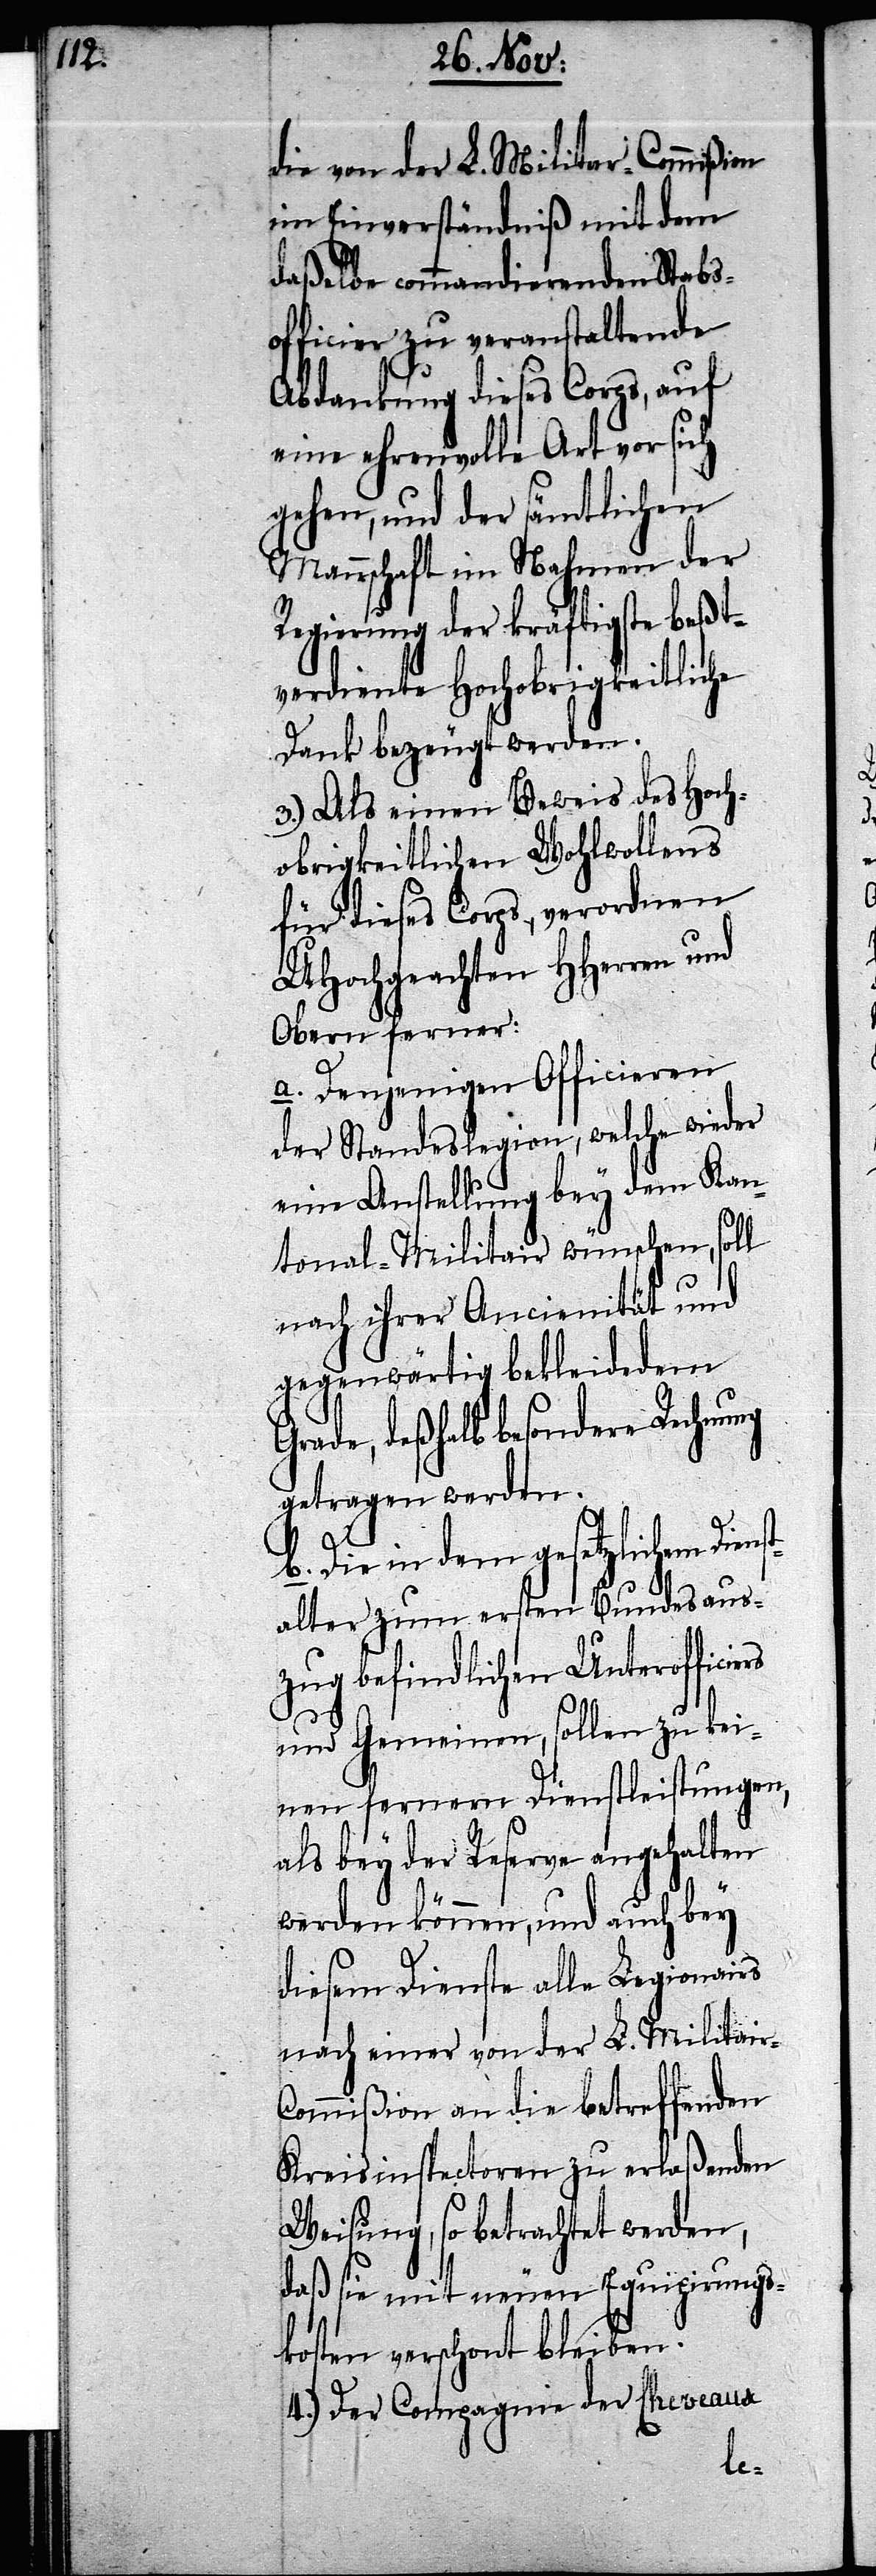
die von der L. Militar-Commißion
im Einverständniß mit dem
daßelbe commandierenden Stabs¬
officier zu veranstaltende
Abdankung dieses Corps, auf
eine ehrenvolle Art vor sich
gehen, und der sämtlichen
Mannschaft im Nahmen der
Regierung der kräftigste beßt¬
verdiente Hochobrigkeitliche
Dank bezeugt werden.
3.) Als einen Beweis des Hoch¬
obrigkeitlichen Wohlwollens
für dieses Corps, verordnen
UHochgeachten HHerren und
Obern ferner:
a. Denjenigen Officieren
der Standeslegion, welche wieder
eine Anstellung bey dem Kan¬
tonal-Militair wünschen, soll
nach ihrer Ancienität und
gegenwärtig bekleidetem
Grade, deßhalb besondere Rechnung
getragen werden.
b. Die in dem gesetzlichen Diens¬
talter zum ersten Bundesaus¬
zug befindlichen Unterofficie¬
und Gemeinen, sollen zu kei¬
nen fernern Dienstleistungen,
als bey der Reserve angehalten
werden können, und auch bey
diesem Dienste alle Legionairs
nach einer von der L. Militair-C¬
ommißion an die betreffenden
Kreisinspectoren zu erlaßenden
Weisung, so betrachtet werden,
daß sie mit neuen Equipirungs¬
kosten verschont bleiben.
4.) Der Compagnie der Cheveaux
rs